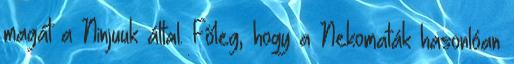
magát a Ninjuuk által. Főleg, hogy a Nekomaták hasonlóan